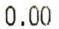
0.00